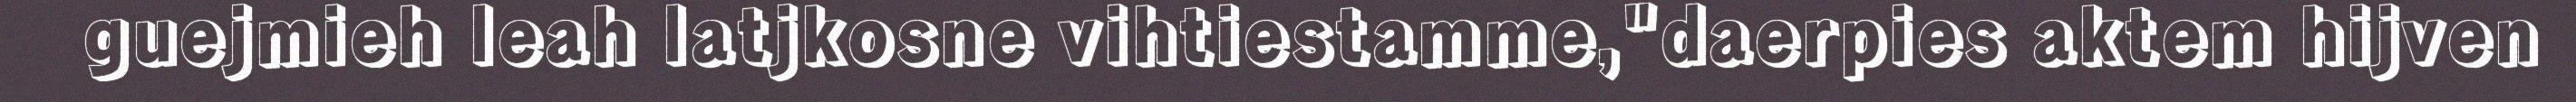
guejmieh leah latjkosne vihtiestamme,"daerpies aktem hijven